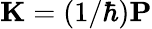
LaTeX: \mathbf{K}=(1/\hbar)\mathbf{P}